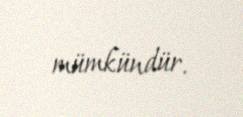
mümkündür.